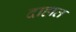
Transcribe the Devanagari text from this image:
दाहात